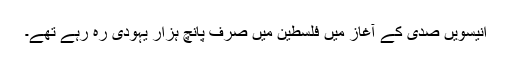
انیسویں صدی کے آغاز میں فلسطین میں صرف پانچ ہزار یہودی رہ رہے تھے۔